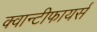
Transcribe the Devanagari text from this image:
क्वान्टीफायर्स